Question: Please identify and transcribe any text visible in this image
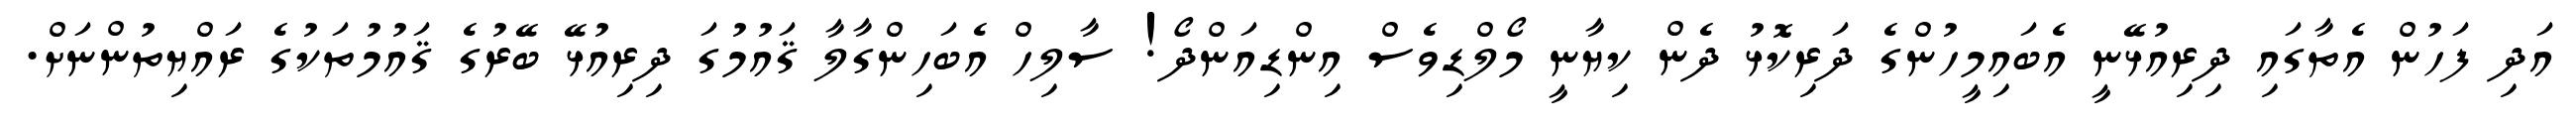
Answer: އަދި ފަހުން އެތާގައި ދިރިއުޅޭނީ އެބައިމީހުންގެ ދަރިކޮޅު ދެން ކިޔާނީ މޯލްޑިވެސް އިންޑިއަންދޯ! ސާލިހް އެބަހިންގާލާ ޤައުމުގަ ދިރިއުޅޭ ބޭރުގެ ޤައުމުތަކުގެ ރައްޔިތުންނަށް.